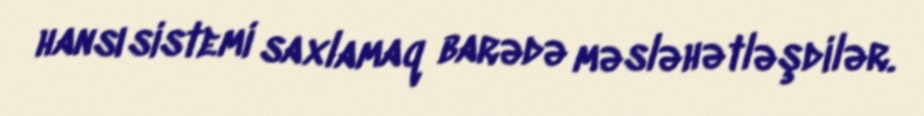
hansı sistemi saxlamaq barədə məsləhətləşdilər.